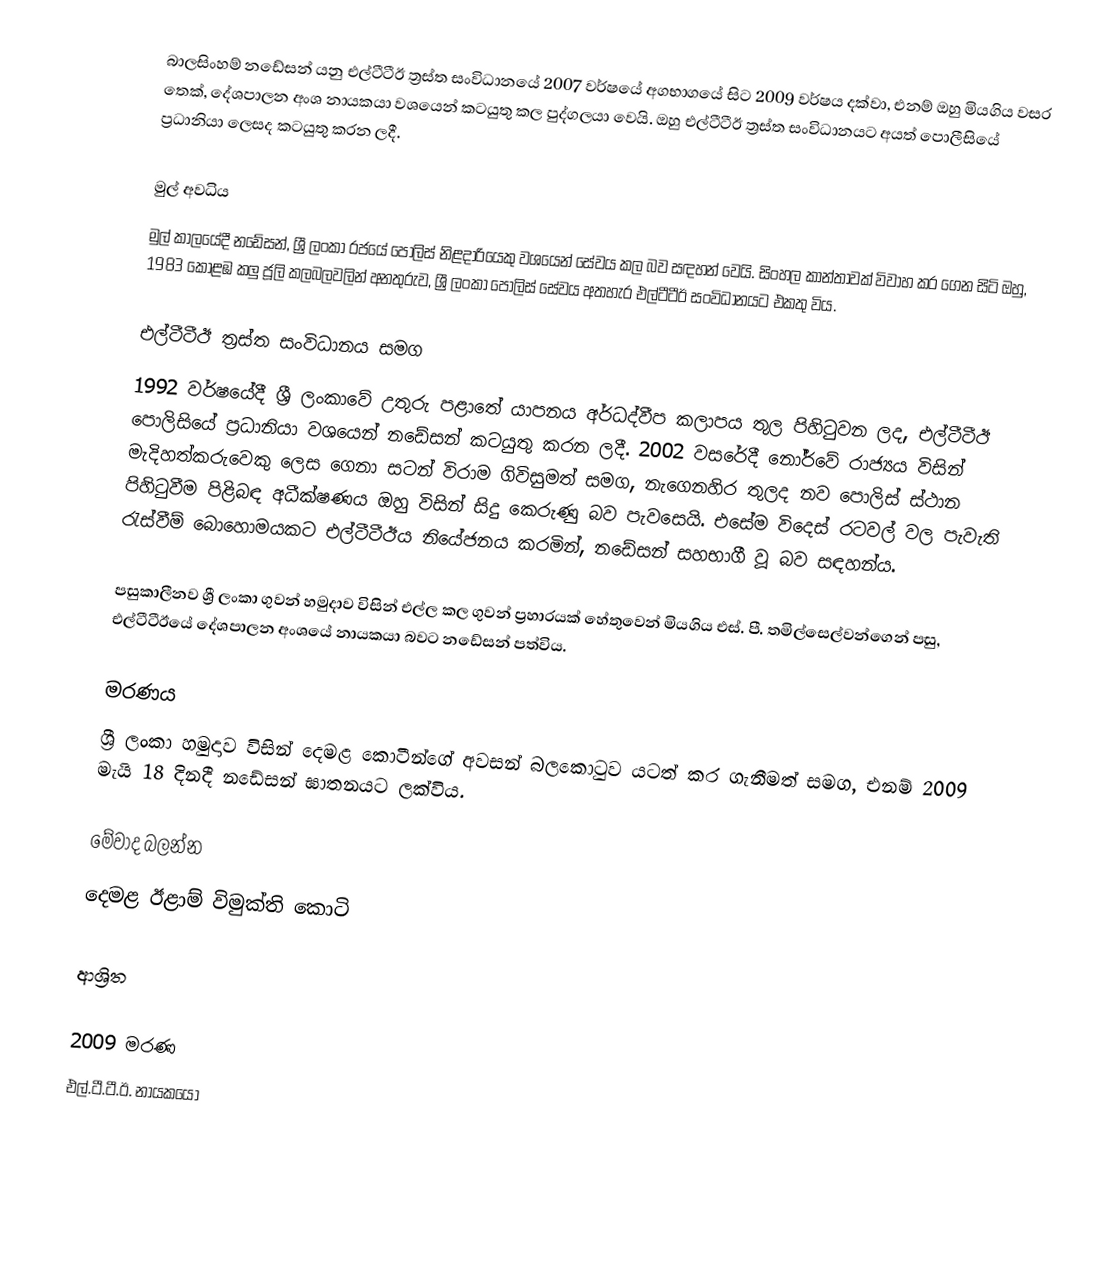
බාලසිංහම් නඩේසන් යනු එල්ටීටීඊ ත්‍රස්ත සංවිධානයේ 2007 වර්ෂයේ අගභාගයේ සිට 2009 වර්ෂය දක්වා, එනම් ඔහු මියගිය වසර තෙක්, දේශපාලන අංශ නායකයා වශයෙන් කටයුතු කල පුද්ගලයා වෙයි. ඔහු එල්ටීටීඊ ත්‍රස්ත සංවිධානයට අයත් පොලීසියේ ප්‍රධානියා ලෙසද කටයුතු කරන ලදී.

මුල් අවධිය
මුල් කාලයේදී නඩේසන්, ශ්‍රී ලංකා රජයේ පොලිස් නිළදාරියෙකු වශයෙන් සේවය කල බව සඳහන් වෙයි. සිංහල කාන්තාවක් විවාහ කර ගෙන සිටි ඔහු, 1983 කොළඹ කලු ජූලි කලබලවලින් අනතුරුව, ශ්‍රී ලංකා පොලිස් සේවය අතහැර එල්ටීටීඊ සංවිධානයට එකතු විය.

එල්ටීටීඊ ත්‍රස්ත සංවිධානය සමග
1992 වර්ෂයේදී ශ්‍රී ලංකාවේ උතුරු පළාතේ යාපනය අර්ධද්වීප කලාපය තුල පිහිටුවන ලද, එල්ටීටීඊ පොලිසියේ ප්‍රධානියා වශයෙන් නඩේසන් කටයුතු කරන ලදී. 2002 වසරේදී නෝර්වේ රාජ්‍යය විසින් මැදිහත්කරුවෙකු ලෙස ගෙනා සටන් විරාම ගිවිසුමත් සමග, නැගෙනහිර තුලද නව පොලිස් ස්ථාන පිහිටුවීම පිළිබඳ අධීක්ෂණය ඔහු විසින් සිදු කෙරුණු බව පැවසෙයි. එසේම විදෙස් රටවල් වල පැවැති රැස්වීම් බොහොමයකට එල්ටීටීඊය නියේජනය කරමින්, නඩේසන් සහභාගී වූ බව සඳහන්ය.

පසුකාලීනව ශ්‍රී ලංකා ගුවන් හමුදාව විසින් එල්ල කල ගුවන් ප්‍රහාරයක් හේතුවෙන් මියගිය එස්. පී. තමිල්සෙල්වන්ගෙන් පසු, එල්ටීටීඊයේ දේශපාලන අංශයේ නායකයා බවට නඩේසන් පත්විය.

මරණය
ශ්‍රී ලංකා හමුදාව විසින් දෙමළ කොටීන්ගේ අවසන් බලකොටුව යටත් කර ගැනීමත් සමග, එනම් 2009 මැයි 18 දිනදී නඩේසන් ඝාතනයට ලක්විය.

මේවාද බලන්න
දෙමළ ඊළාම් විමුක්ති කොටි

ආශ්‍රිත

2009 මරණ
එල්.ටී.ටී.ඊ. නායකයෝ